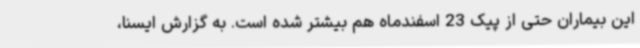
این بیماران حتی از پیک 23 اسفندماه هم بیشتر شده است. به گزارش ایسنا،